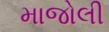
માજોલી